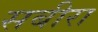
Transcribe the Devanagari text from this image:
सबीरा